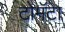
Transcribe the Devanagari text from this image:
टोमॅटेा